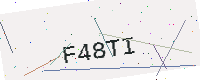
Text: F48TI